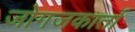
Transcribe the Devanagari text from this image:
जोगजकार्ता